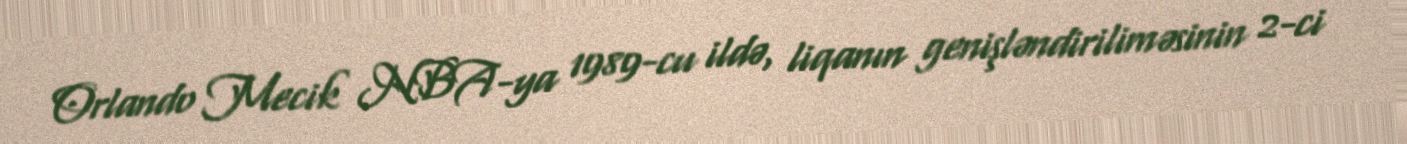
Orlando Mecik NBA-ya 1989-cu ildə, liqanın genişləndiriliməsinin 2-ci